Vital statistics of India. Vol. VI, European troops 1870-79
Year: 1870
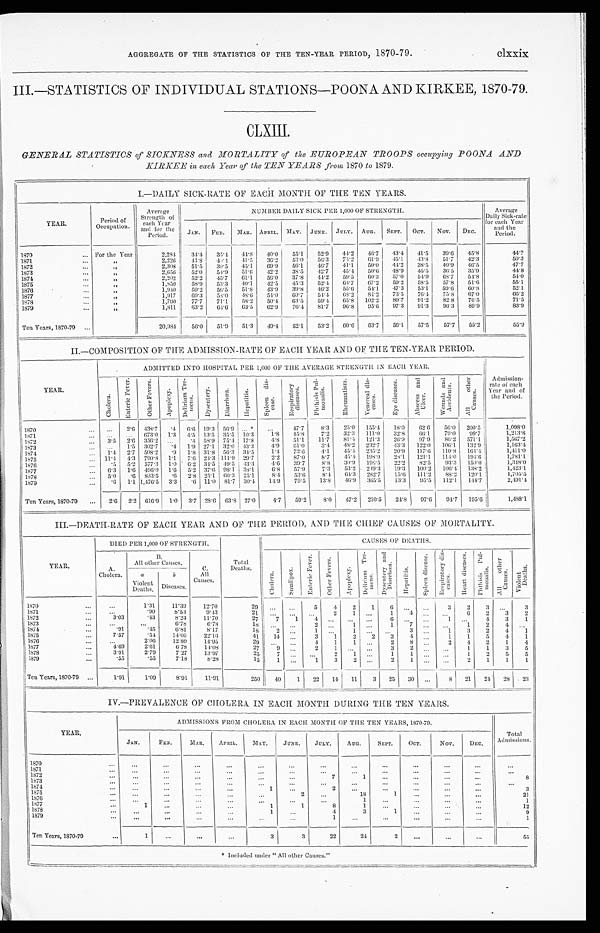
AGGREGATE OF THE STATISTICS OF THE TEN–YEAR PERIOD, 1870. 79. clxxix
III.—STATISTICS OF INDIVIDUAL STATIONS—POONA AND KIRKEE, 1870-79.
GENERAL STATISTICS of SICKNESS and MORTALITY of the EUROPEAN TROOPS occupying POONA AND
KIRKEE in each Year of the TEN YEARS from 1870 to 1879.
I.—DAILY SICK-RATE OF EACH MONTH OF THE TEN YEARS.
YEAR.
Period of
Occupation.
Average
Strength of
each Year
and for the
Period.
NUMBER DAILY SICK PER 1, 000 OF STRENGTH.
Average
Daily Sick-rate
for each Year
and the
Period.
JAN. FEB.
M A R . APRIL. MAY. JUNE. JULY. AUG.
S E P T . OCT. NOV. DEC.
1870
For the Year
2, 284 34.4 35.4 44.8 40.0 55.1 52.9 44.2 46.7 43.4 41.5 39.6 45.8
44.7
1871
„
2, 226 44.8 40.4 41.5
3 6 . 2
5 3 . 0 56.3 74.2 61.9 45.1 43.8 51.7 42.3
50.3
1872
„
2, 308
51.5 39.5 45.1 69.9 56.1 46.7 41.1 50.0 44.2 38.5 40. 9 46.5
47.7
1873
„
2, 656 52.0 54.9 51.6 42.2 38.5 42.7 45.4 50.6 48.2 45.5 36. 5 35.9
44.8
1874
„
2, 202 52.2 45.7 61.1 56.0 37.8 44.2 59.5 60.3 57.0 54.9 68. 7 54.8
54.0
1875
„
1, 850 58.9 53.3
4 0 . 1 42.5 45.3 52.4 64.7 67.2 59.2 58.5 57.8 51.6
55.1
1876
„
1, 910 59.2 56.5 51.8 43.9 39.8 46.2 55.6 54.1 47.3 53.1 59.6 60.8
52.1
1877
„
1, 917 69.3 58.0 48.6 54.0 60.7 54.4 68.2 84.2 73.5 76.4 75. 8 67.0
66.2
1878
„
1, 790 77.7 71.1 58.2 50.4 63.5 59.4 65.8 102.2 89.7 91.2 82.8 76.5
71.5
1879
„
1,811 63.2 64.6 63.5 62.9 76.4 81.7 96.8 95.6 97.3 91.3 96.3 89.9
83.9
Ten Years, 1870-79
20,984 56.0 51.9 51.3 49.4 52.1 53.2 60.6 63.7 59.1 57.5 57.7 55.2
55.9
II.—COMPOSITION OF THE ADMISSION-RATE OF EACH YEAR AND OF THE TEN YEAR PERIOD.
Y E A R .
ADMITTED INTO HOSPITAL PER 1,000 OF THE AVERAGE STRENGTH IN EACH YEAR.
Admi ssi on-
r at e of each
Year and of
the Period.
C h o l e r a .
E n t e r i c F e v e r .
O t h e r F e v e r s .
A p o p l e x y .
D e l i r i u m T r e -
m e n s .
D y s e n t e r y . D i a r r h œ a . H e p a t i t i s .
S p l e e n d i s -
e a s e .
R e s p i r a t o r y
d i s e a s e s .
P h t h i s i s P u l -
m o n a l i s .
R h e u m a t i s m .
V e n e r e a l d i s -
e a s e s .
E y e d i s e a s e s . A b s c e s s a n d
U l c e r .
W o u n d s a n d
A c c i d e n t s .
A l l o t h e r
C a u s e s .
1870
2.6 438.7 .4 6.6 19.3 56.9 *
47.7 8.3 25.0 155.4 18.0 62.0 56.0 200.5
1, 098. 0
1871
673.0 1.3 4.5 13.5 35.5 10.3 1.8 45.8 7.2 32.3 111.0 32.8 66.1 79.0 99.7
1, 213. 8
1872
3.5 2.6 356.2
.4 5 8 . 9 75.4 17.8 4.8 51.1 11.7 81.4 121.3 26.9 97.9 86.2 571.1
1, 567. 2
1873
1.5 302.7 .4 1.9 27.1 32.0 43.3 4.9 61.0 3.4 48.9 232.7 43.3 122.0 106.1 132.9
1, 163. 4
1874 1.4 2.7 508.2 .9 1.8 31.8 56.3 34.5 1.4 73.6 4.1 45.4 235.2 20.9 117.6 110.8 164.4
1,411.0
1875
11. 4 4.3 790.8 1.1 7.6 24.3 111.9 29.7 2.2 87.0 8.7 45.4 198.9 28.1 121.1 114.0 194.6
1,781.1
1876
.5 5.2 577.3 1.0 6.2 34.5 49.5 43.3 4.6 39.7 8.8 30.9 198.5 22.2 82.5 93.3 150.0
1, 348. 0
1877
6.3 1.6 496.0 1.6
5 . 2 37. 6 98.1 38.1 6.8 57.9 7.3 53.2 249.3 19.3 100.2 106.4 138.2
1,423.1
1878
5.0 .6 833.5 .6 2.8 25.1 60.3 25.1 8.4 53.6
8 . 4 64.3 282.7 15.6 111.2 882 120.1
1,705.5
1879
.6 1.1 1,476.5 3.3 .6 11.0 81.7 30.4 14.9 79.5 13.8 46.9 365.5 13.3 95.5 112.1 144.7
2, 491. 4
Ten Years, 1870-79
2.6 2.2 616.9 1. 0 3.7 28.6 63.827.0 4.7 59.2 8.0 47.2 210.5 24.8 97.6 94.7 195.6
1, 488. 1
III.—DEATH-RATE OF EACH YEAR AND OF THE PERTOD, AND THE CHIEF CAUSES OF MORTALITY.
YEAR.
DIED PER 1,000 OF STRENGTH.
Total
Deaths.
C A U S E S O F D E A T H S .
A.
Cholera.
B
All other Causes.
C.
All
Causes.
C h o l e r a . S m a l l p o x .
E n t e r i c F e v e r . O t h e r F e v e r s .
A p o p l e x y .
D e l i r i u m T r e -
me ns . D y s e n t e r y a n d
Di a r r h œa .
H e p a t i t i s .
S p l e e n d i s e a s e . R e s p i r a t o r y d i s -
e a s e s .
H e a r t d i s e a s e s . P h t h i s i s P u l -
m o n a l i s .
A l l o t h e r
C a u s e s .
V i o l e n t
D e a t h s .
a
Violent Deaths.
b
D i s e a s e s .
1870
1.31 11.39 12.70
29
5 4 2 1
6
3
2 3
3
1871
. 9 0 8.53
9.43
21
2 1
1 4
6 2 3 2
1872
3.03
.43
8. 24
11.70
27
7 1 4
6
1
4 3 1
1873
6. 78
6.78
18
2
1
1
7
1 2 4
1874
. 9 1
.45
6. 81
8.17
18
2
1
1
3
1 3 2 4 1
1875
7.57
.54 14. 05
22.16
41 14
3 1 2 2 3
4
1 1 5
4 1
1876
2.06 12.89 14.95
2 9
4 1
1
2 8
2 4 2 1 4
1877
4.69
2.61
6.78 14.08
27 9
2 1
3
2
1 1 3 5
1878
3.91
2.79
7.27 13.97
2 5
7
2
1
1 1
1 2 5 5
1879
.55
.55
7.18
8.28
15 1
1 3
2
2
1
2 1 1 1
Ten Years, 1870-79
1.91
1.09 8.91 11.91
250 40 1 22 14 11 3 25 30
8 21 24 28 23
IV.—PREVALENCE OF CHOLERA IN EACH MONTH DURING THE TEN YEARS.
YEAR.
ADMISSIONS FROM CHOLERA IN EACH MONTH OF THE TEN YEARS, 1870-79.
Total
Admissions.
JAN.
FED. MAR. APRIL. MAY. JUNE.
JULY. AUG. SEPT. OCT.
NOV.
DEC.
1870 1871 1872
7
1
8
1873 1874
1
2
3
1875
2
18
1
21
1876
1
1
1877
1
1
1
8
1
12
1878
1
4
3
1
9
1879
1
1
Ten Years, 1870-79
1
3
3
22
24
2
55
* Included under "All other Causes."